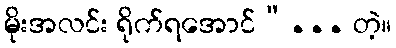
မိုးအလင်း ရိုက်ရအောင်”... တဲ့။